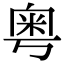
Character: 𫒀